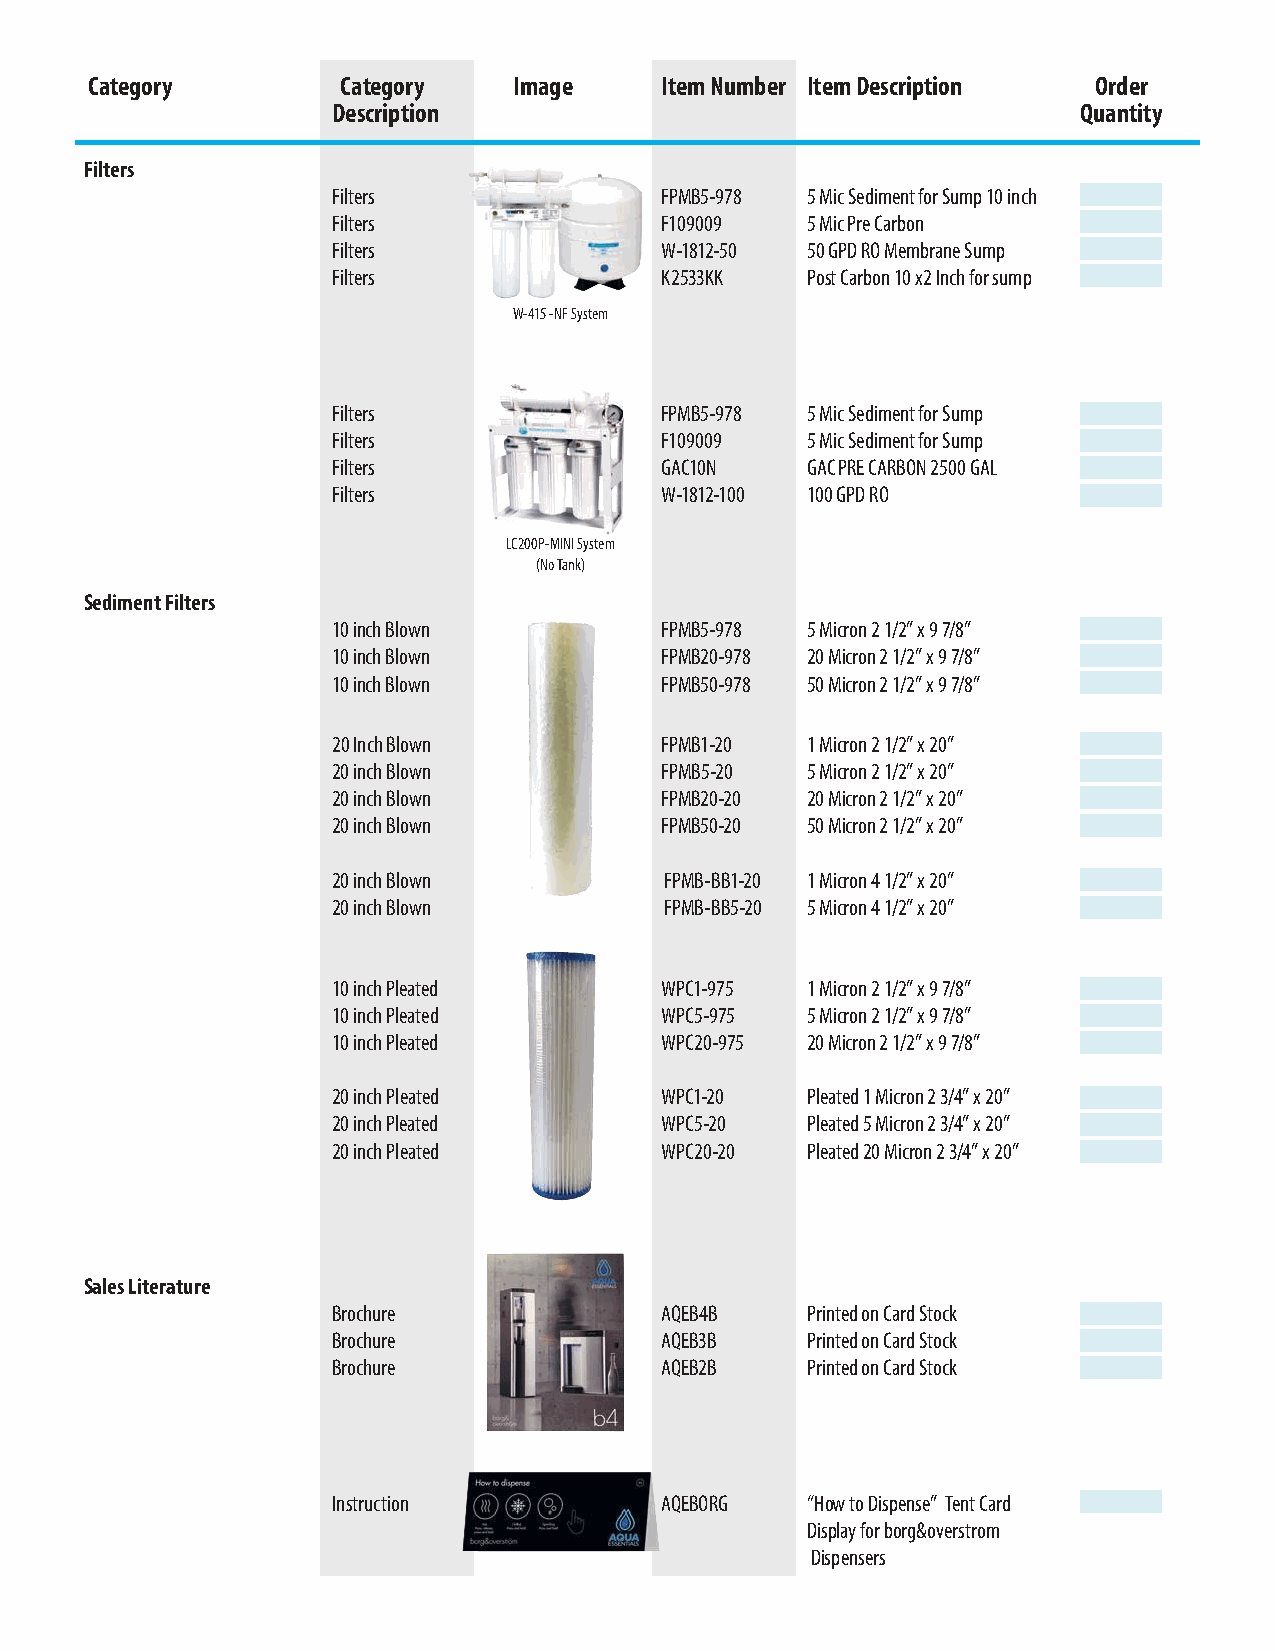
Category         Category   Image     Item Number Item Description Order
 Description                                       Quantity
 Filters
 Filters               FPMB5-978 5 Mic Sediment for Sump 10 inch
 Filters               F109009  5 Mic Pre Carbon
 Filters               W-1812-50 50 GPD RO Membrane Sump
 Filters               K2533KK  Post Carbon 10 x2 Inch for sump
 W-415 -NF System
 Filters               FPMB5-978 5 Mic Sediment for Sump
 Filters               F109009  5 Mic Sediment for Sump
 Filters               GAC10N   GAC PRE CARBON 2500 GAL
 Filters               W-1812-100 100 GPD RO
 LC200P-MINI System
 (No Tank)
 Sediment Filters
 10 inch Blown         FPMB5-978 5 Micron 2 1/2” x 9 7/8”
 10 inch Blown         FPMB20-978 20 Micron 2 1/2” x 9 7/8”
 10 inch Blown         FPMB50-978 50 Micron 2 1/2” x 9 7/8”
 20 Inch Blown         FPMB1-20 1 Micron 2 1/2” x 20”
 20 inch Blown         FPMB5-20 5 Micron 2 1/2” x 20”
 20 inch Blown         FPMB20-20 20 Micron 2 1/2” x 20”
 20 inch Blown         FPMB50-20 50 Micron 2 1/2” x 20”
 20 inch Blown         FPMB-BB1-20 1 Micron 4 1/2” x 20”
 20 inch Blown         FPMB-BB5-20 5 Micron 4 1/2” x 20”
 10 inch Pleated       WPC1-975 1 Micron 2 1/2” x 9 7/8”
 10 inch Pleated       WPC5-975 5 Micron 2 1/2” x 9 7/8”
 10 inch Pleated       WPC20-975 20 Micron 2 1/2” x 9 7/8”
 20 inch Pleated       WPC1-20  Pleated 1 Micron 2 3/4” x 20”
 20 inch Pleated       WPC5-20  Pleated 5 Micron 2 3/4” x 20”
 20 inch Pleated       WPC20-20 Pleated 20 Micron 2 3/4” x 20”
 Sales Literature
 Brochure              AQEB4B   Printed on Card Stock
 Brochure              AQEB3B   Printed on Card Stock
 Brochure              AQEB2B   Printed on Card Stock
 Instruction           AQEBORG  “How to Dispense” Tent Card
 Display for borg&overstrom
 Dispensers